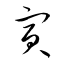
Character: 寅